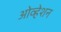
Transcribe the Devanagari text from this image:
ओव्हेशन